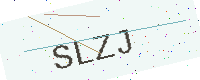
Text: SLZJ